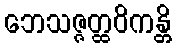
ဘေသဇ္ဇတ္ထဝိကန္တိ